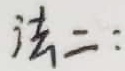
法二：